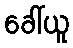
ခေါ်ယူ